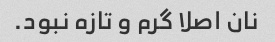
نان اصلا گرم و تازه نبود.